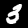
Label: 3